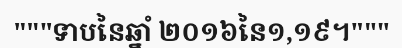
"""ទាបនៃឆ្នាំ ២០១៦នៃ១,១៩។"""